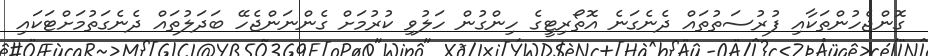
ގޮންޖެހުންތަކާއި ފުރުސަތުތައް ދެނެގަނެ އޮތޯރިޓީގެ ހިންގުން ހަލުވި ކުރުމަށް ގެންނަންޖެހޭ ބަދަލުތައް ދެނެގަތުމަށްޓަކައި